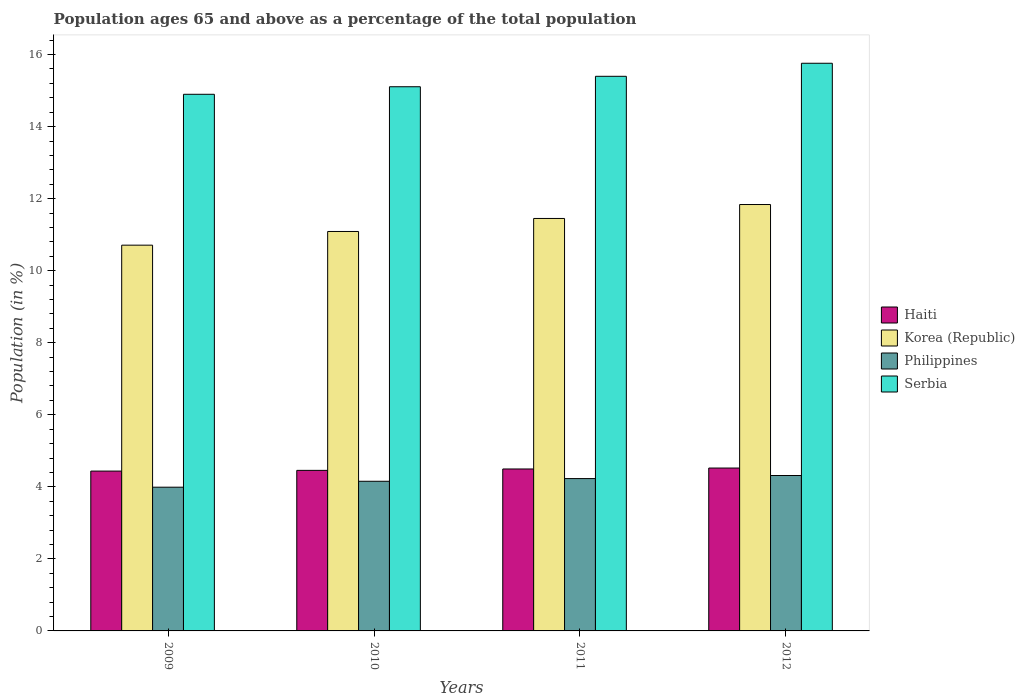
| Years | Haiti | Korea (Republic) | Philippines | Serbia |
 | --- | --- | --- | --- | --- |
 | 2009 | 4.44 | 10.7 | 3.99 | 14.9 |
 | 2010 | 4.46 | 11.1 | 4.15 | 15.1 |
 | 2011 | 4.5 | 11.5 | 4.23 | 15.4 |
 | 2012 | 4.52 | 11.8 | 4.31 | 15.8 |